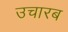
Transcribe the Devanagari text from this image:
उचारब